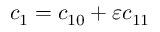
c _ { 1 } = c _ { 1 0 } + \varepsilon c _ { 1 1 }